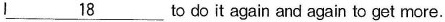
I\underline{18} to do it again and again to get more.